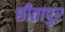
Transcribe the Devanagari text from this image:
छीतापुर